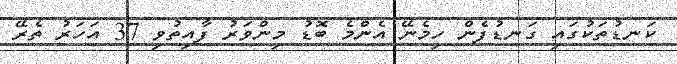
ކަނޑުތަކުގައި ގަނޑުފެން ހިމެނޭ އެންމެ ބޮޑު މިންވަރު ފާއިތުވި 37 އަހަރު ތެރޭ